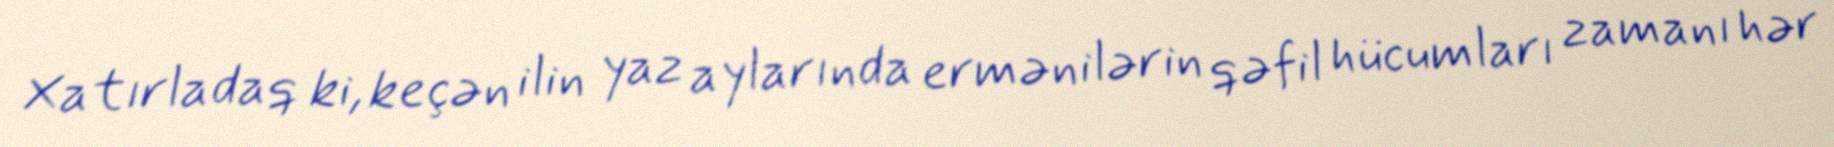
Xatırladaq ki, keçən ilin yaz aylarında ermənilərin qəfil hücumları zamanı hər